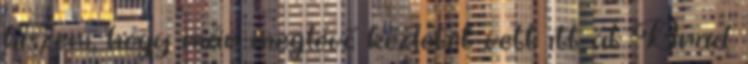
hiszem, hogy már meglévő kézletet vett itt át Brad.